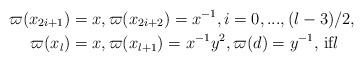
LaTeX: \begin{align*}\varpi(x_{2i+1}) & =x,\varpi(x_{2i+2})=x^{-1},i=0,...,(l-3)/2,\\\varpi(x_{l}) & =x,\varpi(x_{l+1})=x^{-1}y^{2},\varpi(d)=y^{-1}\text{, if}l\end{align*}